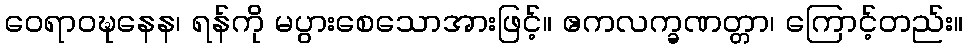
ဝေရာဝဍ္ဎနေန၊ ရန်ကို မပွားစေသောအားဖြင့်။ ဧကလက္ခဏတ္တာ၊ ကြောင့်တည်း။